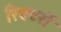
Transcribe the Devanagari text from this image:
रिक्टरों